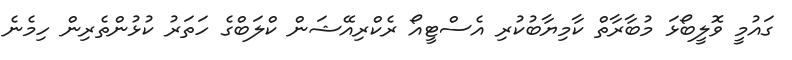
ގައުމީ ވޮލީބޯޅަ މުބާރާތް ކާމިޔާބުކުރި އެސްޓީއޯ ރެކްރިއޭޝަން ކްލަބްގެ ހަތަރު ކުޅުންތެރިން ހިމެނެ